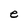
Character: e